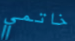
خاتمي